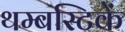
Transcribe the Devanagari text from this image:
थम्बस्टिकें